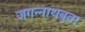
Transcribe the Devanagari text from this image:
जगन्‍नाथबुवा